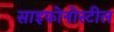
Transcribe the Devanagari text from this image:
साइफोनोस्टील